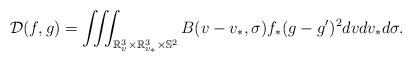
LaTeX: \begin{align*}\mathcal{D}(f,g)=\iiint_{\mathbb{R}^3_v\times\mathbb{R}^3_{v_*}\times\mathbb{S}^2} B(v-v_*,\sigma)f_*(g-g')^2dvdv_*d\sigma.\end{align*}